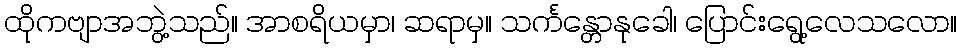
ထိုကဗျာအဘွဲ့သည်။ အာစရိယမှာ၊ ဆရာမှ။ သင်္ကန္တောနုခေါ၊ ပြောင်းရွေ့လေသလော။